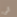
الى